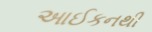
આઈકનથી